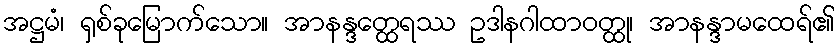
အဋ္ဌမံ၊ ရှစ်ခုမြောက်သော။ အာနန္ဒတ္ထေရဿ ဥဒါနဂါထာဝတ္ထု၊ အာနန္ဒာမထေရ်၏